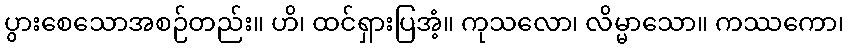
ပွားစေသောအစဉ်တည်း။ ဟိ၊ ထင်ရှားပြအံ့။ ကုသလော၊ လိမ္မာသော။ ကဿကော၊